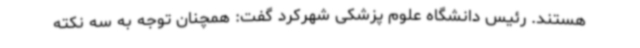
هستند. رئیس دانشگاه علوم پزشکی شهرکرد گفت: همچنان توجه به سه نکته